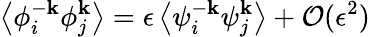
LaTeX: \left\langle{\phi}_{i}^{-\mathbf{k}}{\phi}_{j}^{\mathbf{k}}\right\rangle=\epsilon\left\langle{\psi}_{i}^{-\mathbf{k}}{\psi}_{j}^{\mathbf{k}}\right\rangle+\mathcal{{O}}(\epsilon^{2})